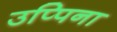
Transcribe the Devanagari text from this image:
उप्पिना